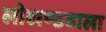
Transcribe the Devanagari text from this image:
लोखण्डवाला